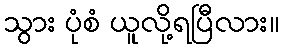
သွား ပုံစံ ယူလို့ရပြီလား။